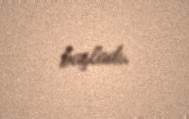
başladı.